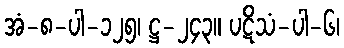
အံ-၈-ပါ-၁၂၅၊ ဋ္ဌ-၂၄၃။ ပဋိသံ-ပါ-၆၊